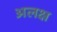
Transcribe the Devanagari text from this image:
अलक्ष